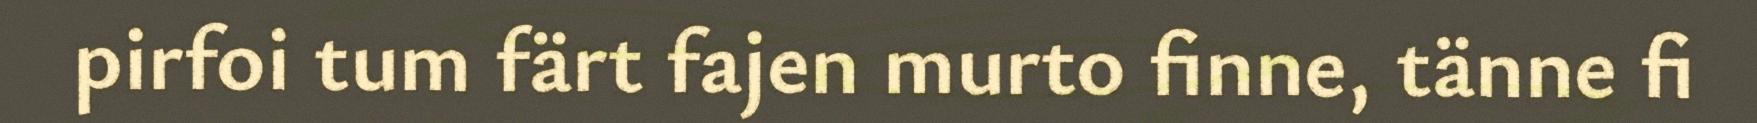
pirfoi tum färt fajen murto finne, tänne fi